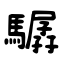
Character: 驏